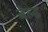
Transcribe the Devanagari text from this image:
बेल्ड